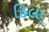
હિલા